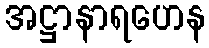
အဋ္ဌာနာရဟေန